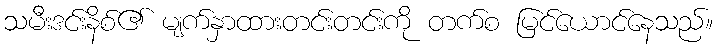
သမီးဒင်းနိစ်၏ မျက်နှာထားတင်းတင်းကို တက်စ မြင်ယောင်နေသည်။